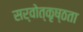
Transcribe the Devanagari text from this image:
सर्वोत्कृष्ठता